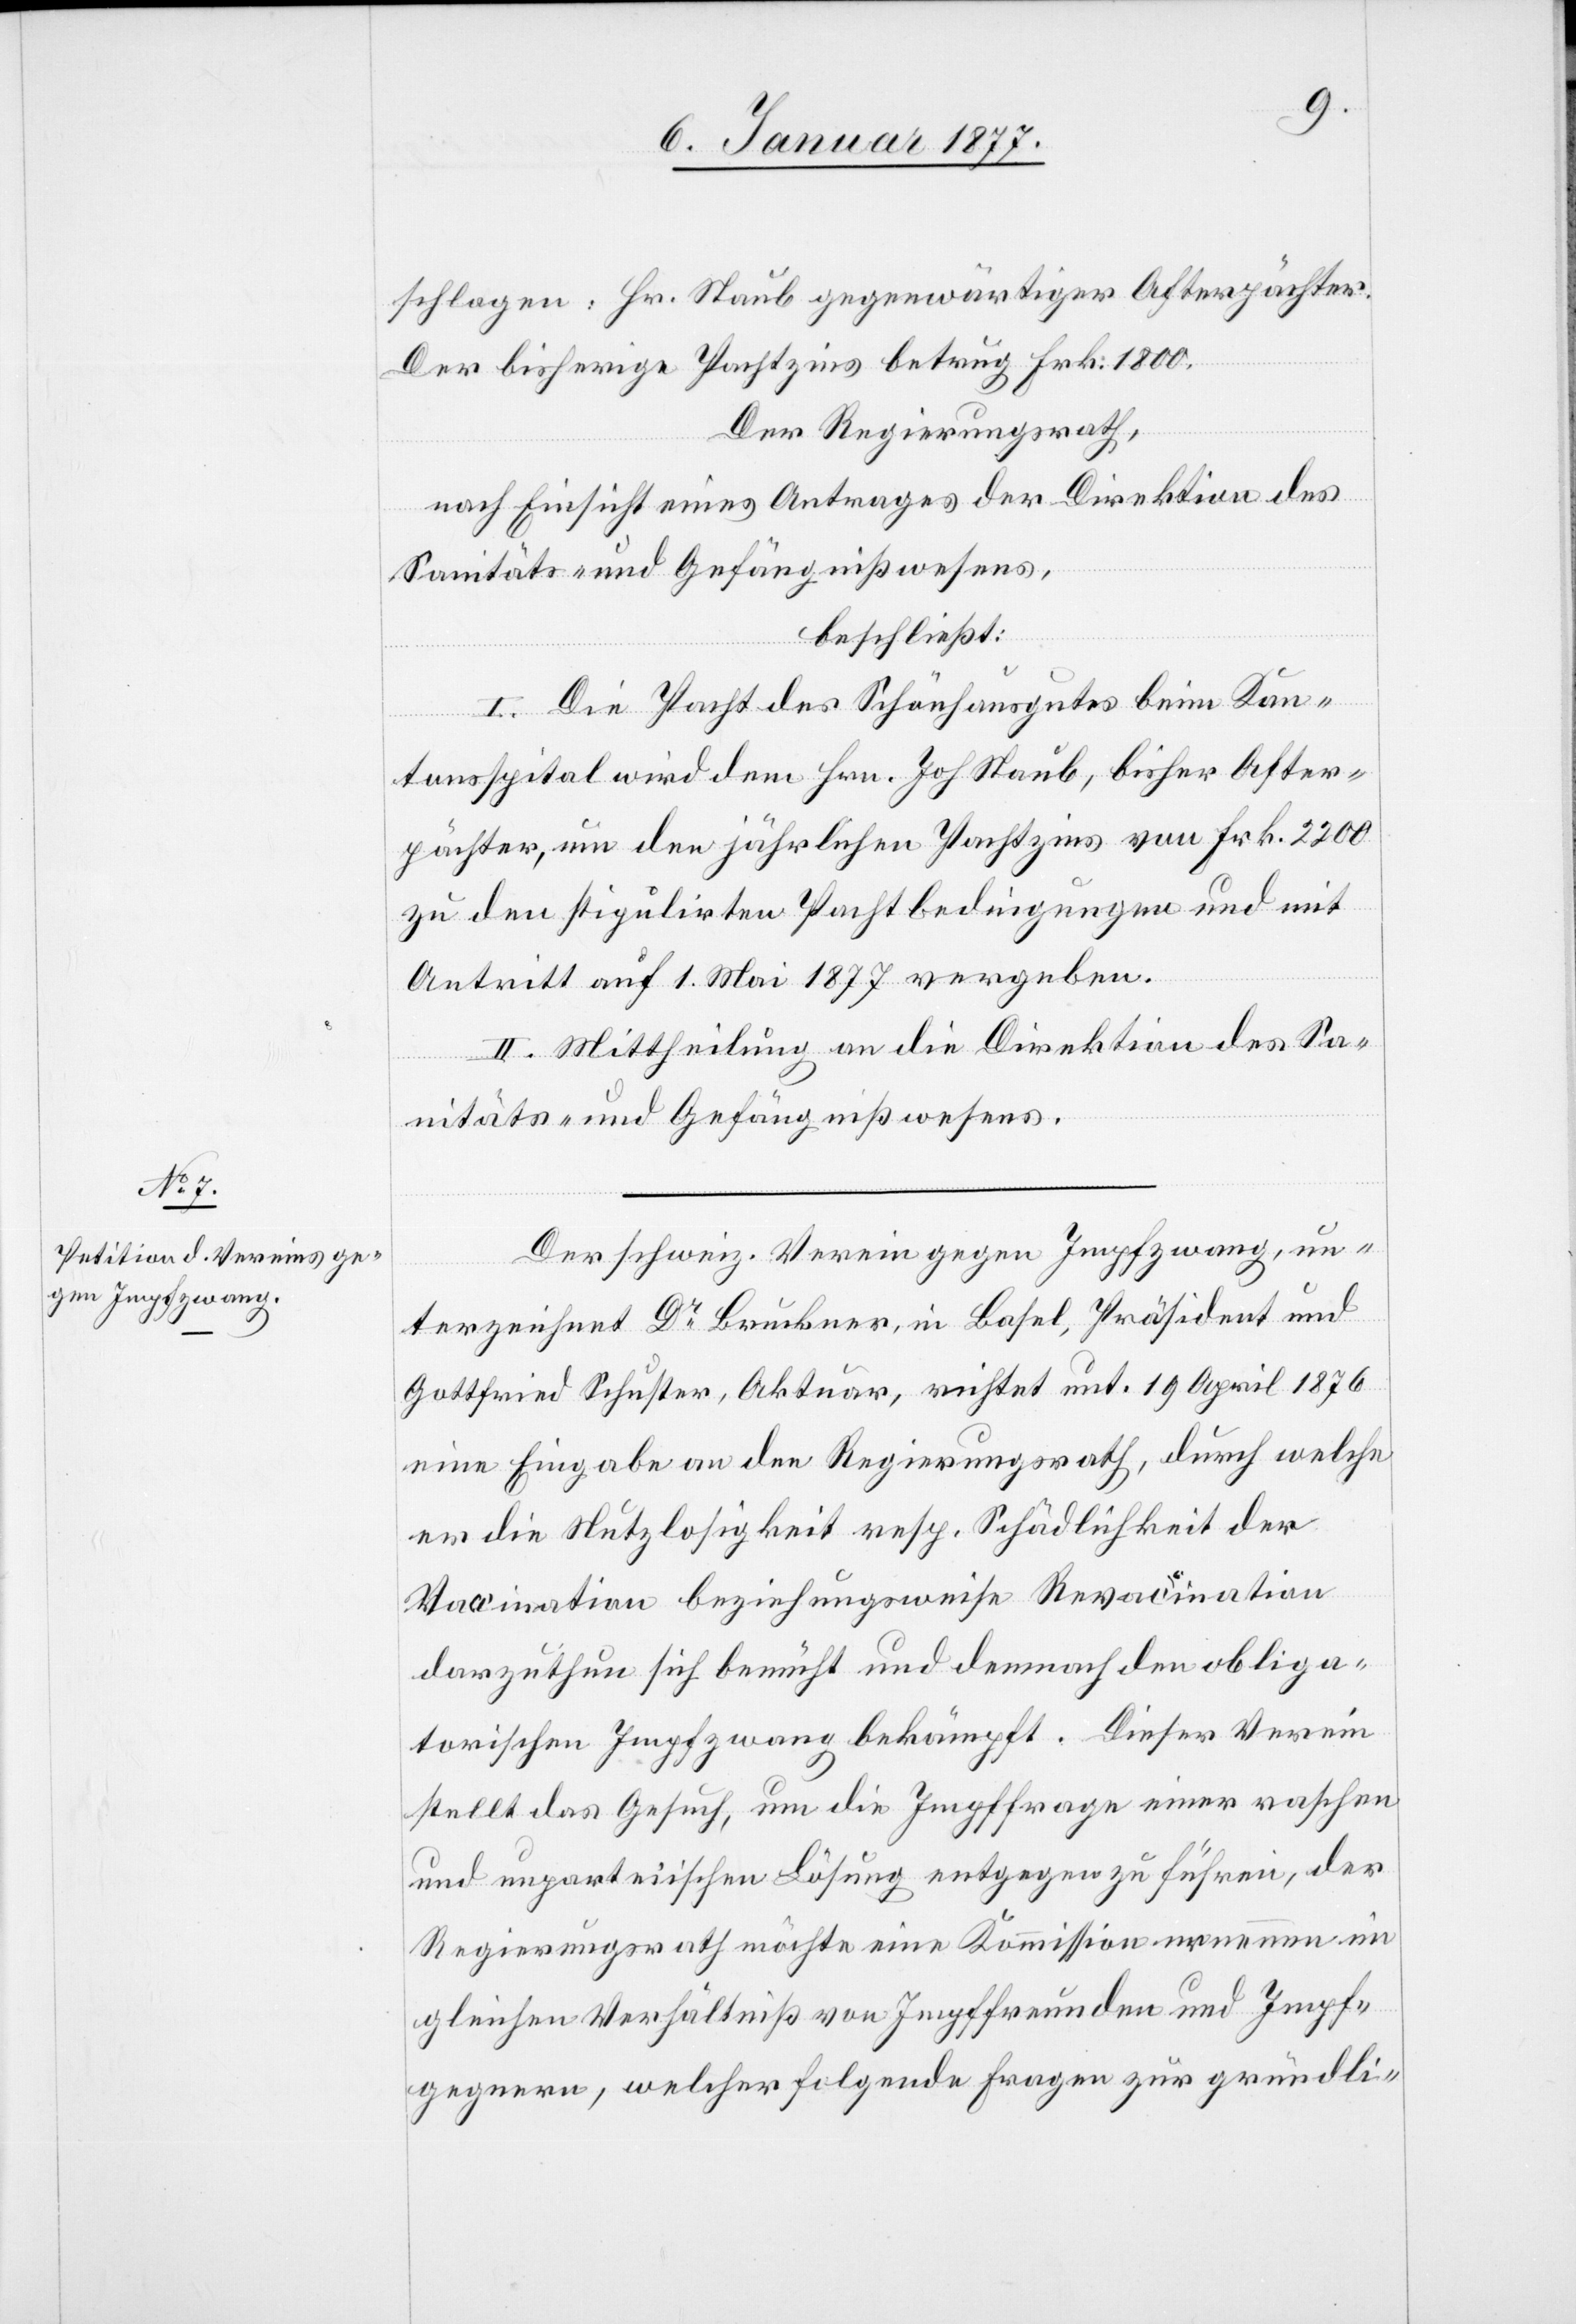
schlagen: Hr. Staub gegenwärtiger Afterpächter.
Der bisherige Pachtzins betrug Frk. 1800.
Der Regierungsrath,
nach Einsicht eines Antrages der Direktion des
Sanitäts- & Gefängnißwesens,
beschließt:
I. Die Pacht des Schönhausgutes beim Kan¬
tonsspital wird dem Hrn. Joh. Staub, bisher After¬
pächter, um den jährlichen Pachtzins von Frk. 2200
zu den stipulirten Pachtbedingungen und mit
Antritt auf 1. Mai 1877 vergeben.
II. Mittheilung an die Direktion des Sa¬
nitäts- und Gefängnißwesens.
Der schweiz. Verein gegen Impfzwang, un¬
terzeichnet Dr Bruckner, in Basel, Präsident und
Gottfried Schuster, Aktuar, richtet unt. 19 April 1876
eine Eingabe an den Regierungsrath, durch welche
er die Nutzlosigkeit resp. Schädlichkeit der
Vacination beziehungsweise Revaccination
darzuthun sich bemüht und demnach den obliga¬
torischen Impfzwang bekämpft. Dieser Verein
stellt das Gesuch, um die Impffrage einer raschen
und unparteiischen Lösung entgegen zu führen, der
Regierungsrath möchte eine Kommission ernennen im
gleichen Verhältniß von Impffreunden und Impf¬
gegnern, welcher folgende Fragen zur gründli-